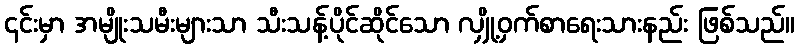
၎င်းမှာ အမျိုးသမီးများသာ သီးသန့်ပိုင်ဆိုင်သော လျှို့ဝှက်စာရေးသားနည်း ဖြစ်သည်။